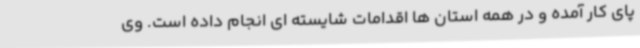
پای کار آمده و در همه استان ها اقدامات شایسته ای انجام داده است. وی